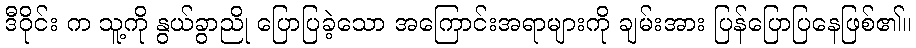
ဒီဝိုင်း က သူ့ကို နွယ်ခွာညို ပြောပြခဲ့သော အကြောင်းအရာများကို ချမ်းအား ပြန်ပြောပြနေဖြစ်၏။